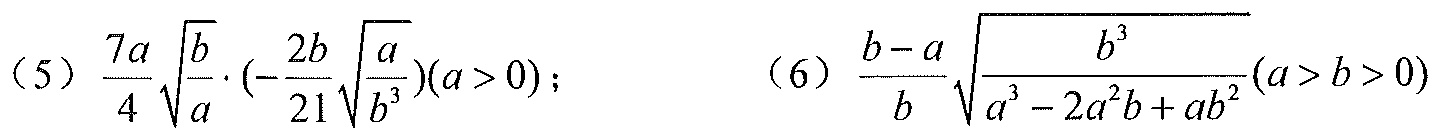
(5) \(\frac{7a}{4}\sqrt{\frac{b}{a}}\cdot\left(-\frac{2b}{21}\sqrt{\frac{a}{b^{3}}}\right)(a > 0)\);  (6) \(\frac{b - a}{b}\sqrt{\frac{b^{3}}{a^{3}-2a^{2}b + ab^{2}}}(a > b > 0)\)